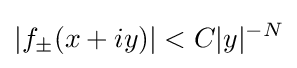
|f_{\pm }(x+iy)|<C|y|^{-N}